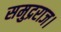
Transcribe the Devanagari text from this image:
समुद्रराज।